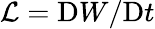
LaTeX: {\cal L}={\mathrm{D}W/\mathrm{D}t}